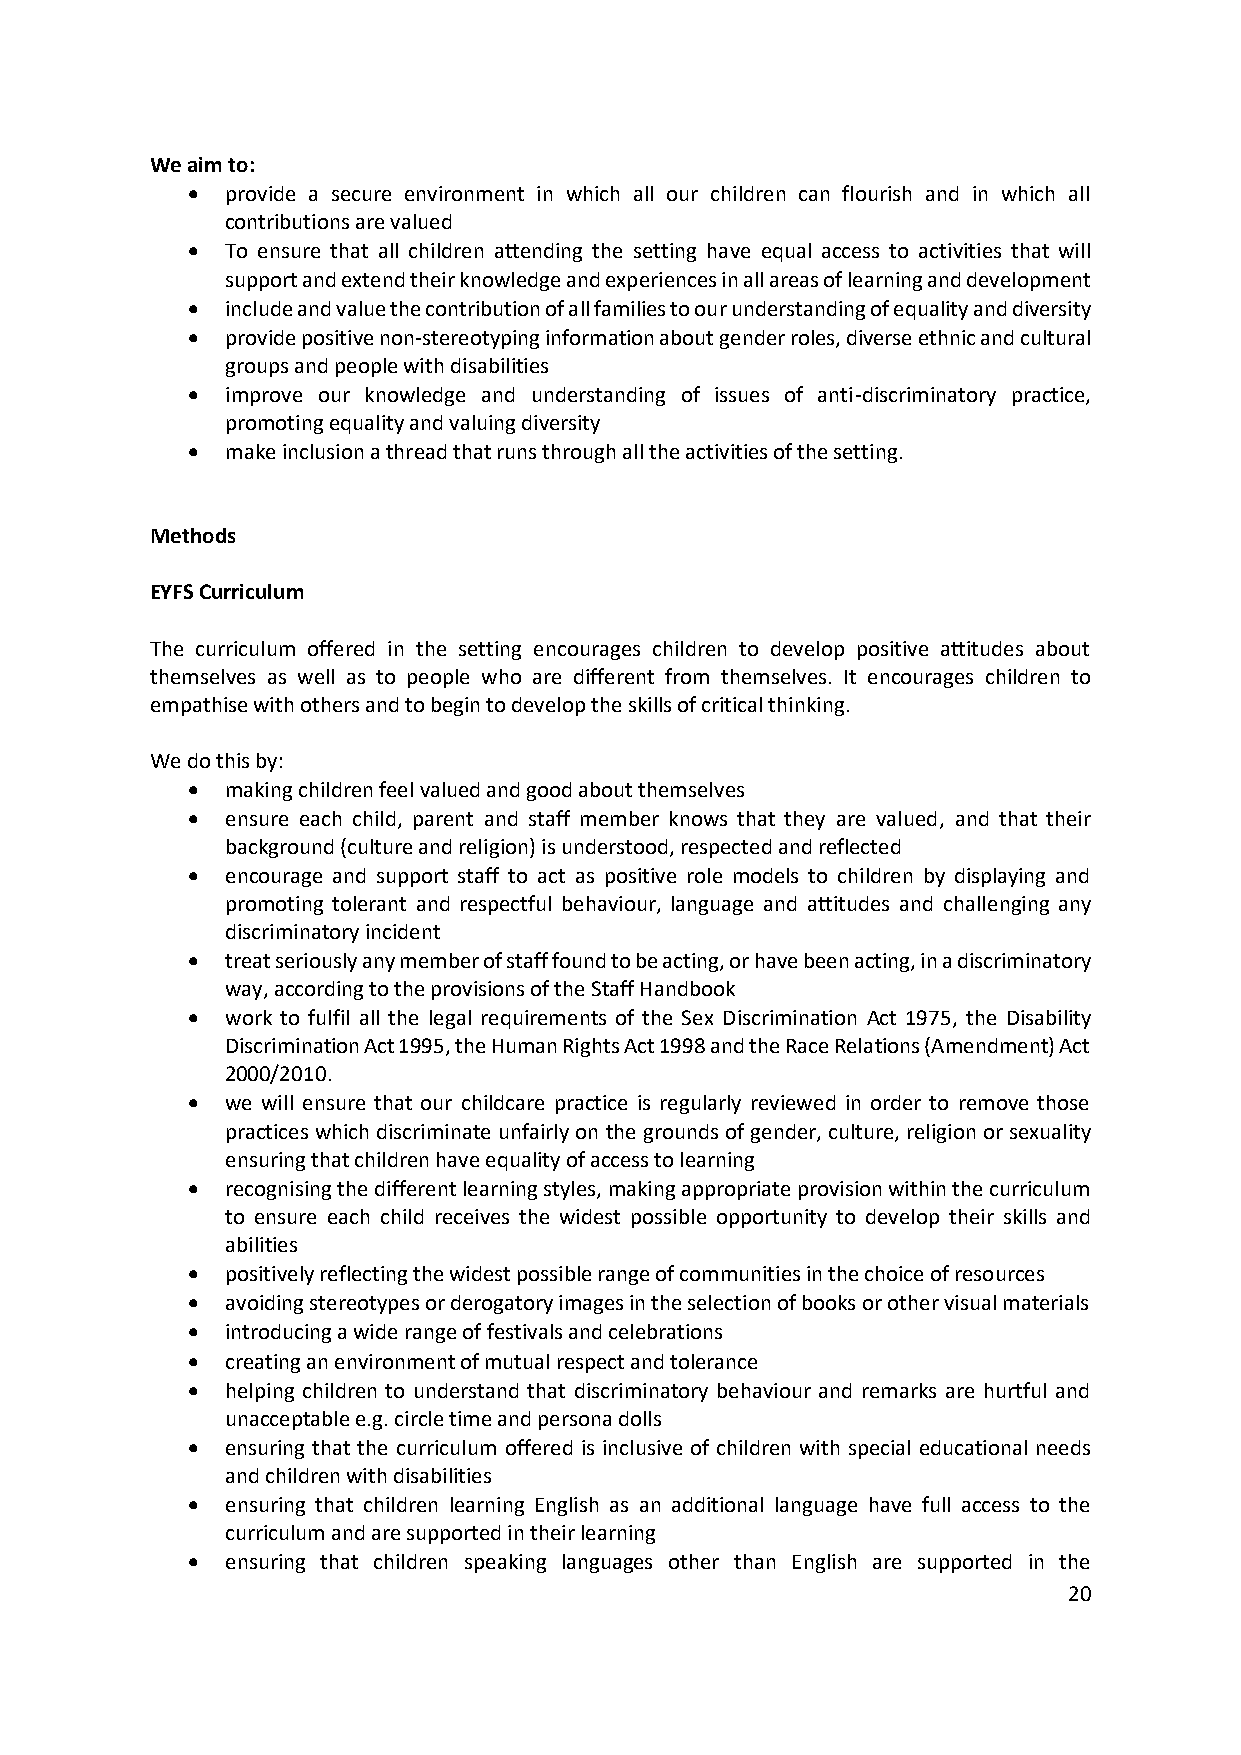
We aim to:
 •  provide a secure environment in which all our children can flourish and in which all
 contributions are valued
 •  To ensure that all children attending the setting have equal access to activities that will
 support and extend their knowledge and experiences in all areas of learning and development
 •  include and value the contribution of all families to our understanding of equality and diversity
 •  provide positive non-stereotyping information about gender roles, diverse ethnic and cultural
 groups and people with disabilities
 •  improve our knowledge and understanding of issues of anti-discriminatory practice,
 promoting equality and valuing diversity
 •  make inclusion a thread that runs through all the activities of the setting.
 Methods
 EYFS Curriculum
 The curriculum offered in the setting encourages children to develop positive attitudes about
 themselves as well as to people who are different from themselves. It encourages children to
 empathise with others and to begin to develop the skills of critical thinking.
 We do this by:
 •  making children feel valued and good about themselves
 •  ensure each child, parent and staff member knows that they are valued, and that their
 background (culture and religion) is understood, respected and reflected
 •  encourage and support staff to act as positive role models to children by displaying and
 promoting tolerant and respectful behaviour, language and attitudes and challenging any
 discriminatory incident
 •  treat seriously any member of staff found to be acting, or have been acting, in a discriminatory
 way, according to the provisions of the Staff Handbook
 •  work to fulfil all the legal requirements of the Sex Discrimination Act 1975, the Disability
 Discrimination Act 1995, the Human Rights Act 1998 and the Race Relations (Amendment) Act
 2000/2010.
 •  we will ensure that our childcare practice is regularly reviewed in order to remove those
 practices which discriminate unfairly on the grounds of gender, culture, religion or sexuality
 ensuring that children have equality of access to learning
 •  recognising the different learning styles, making appropriate provision within the curriculum
 to ensure each child receives the widest possible opportunity to develop their skills and
 abilities
 •  positively reflecting the widest possible range of communities in the choice of resources
 •  avoiding stereotypes or derogatory images in the selection of books or other visual materials
 •  introducing a wide range of festivals and celebrations
 •  creating an environment of mutual respect and tolerance
 •  helping children to understand that discriminatory behaviour and remarks are hurtful and
 unacceptable e.g. circle time and persona dolls
 •  ensuring that the curriculum offered is inclusive of children with special educational needs
 and children with disabilities
 •  ensuring that children learning English as an additional language have full access to the
 curriculum and are supported in their learning
 •  ensuring that children speaking languages other than English are supported in the
 20